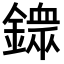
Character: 𨬹